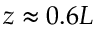
z \approx 0 . 6 L